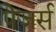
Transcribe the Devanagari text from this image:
पेजर्स